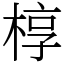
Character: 椁